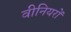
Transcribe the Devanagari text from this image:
वीनियरों